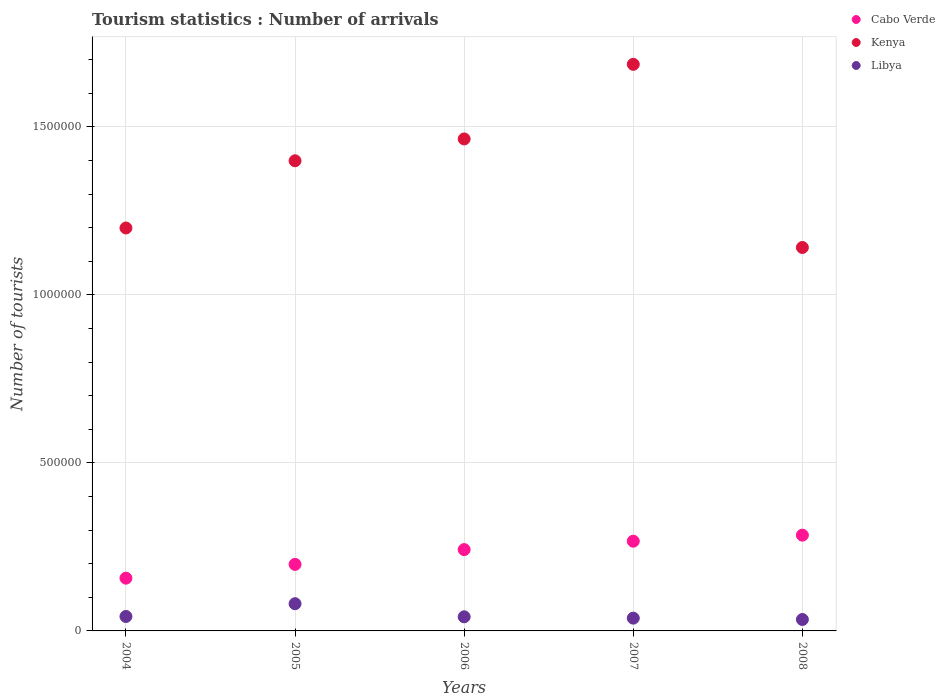
| Years | Cabo Verde | Kenya | Libya |
 | --- | --- | --- | --- |
 | 2004 | 1.57e+05 | 1.2e+06 | 4.3e+04 |
 | 2005 | 1.98e+05 | 1.4e+06 | 8.1e+04 |
 | 2006 | 2.42e+05 | 1.46e+06 | 4.2e+04 |
 | 2007 | 2.67e+05 | 1.69e+06 | 3.8e+04 |
 | 2008 | 2.85e+05 | 1.14e+06 | 3.4e+04 |